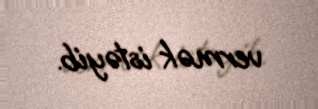
vermək istəyib.